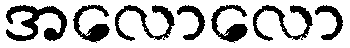
အလောလော